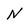
Character: N